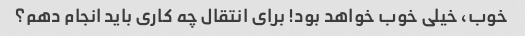
خوب، خیلی خوب خواهد بود! برای انتقال چه کاری باید انجام دهم؟